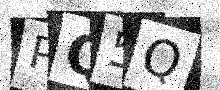
Text: PQ5Q